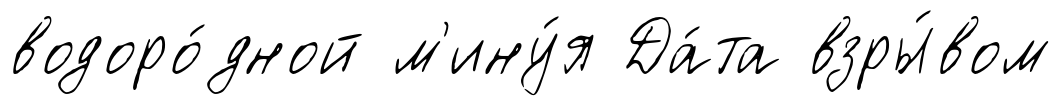
водоро́дной м'ину́я Да́та взры́вом